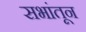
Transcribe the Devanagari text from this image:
सभांतून